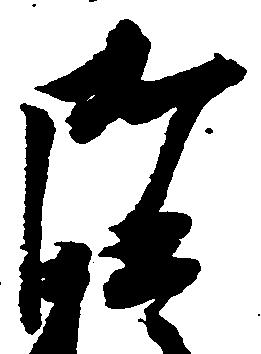
御